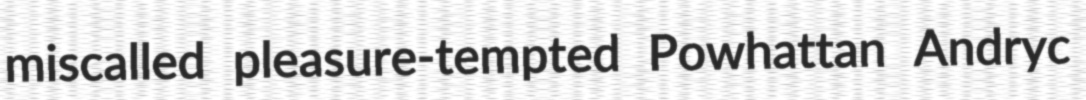
miscalled pleasure-tempted Powhattan Andryc